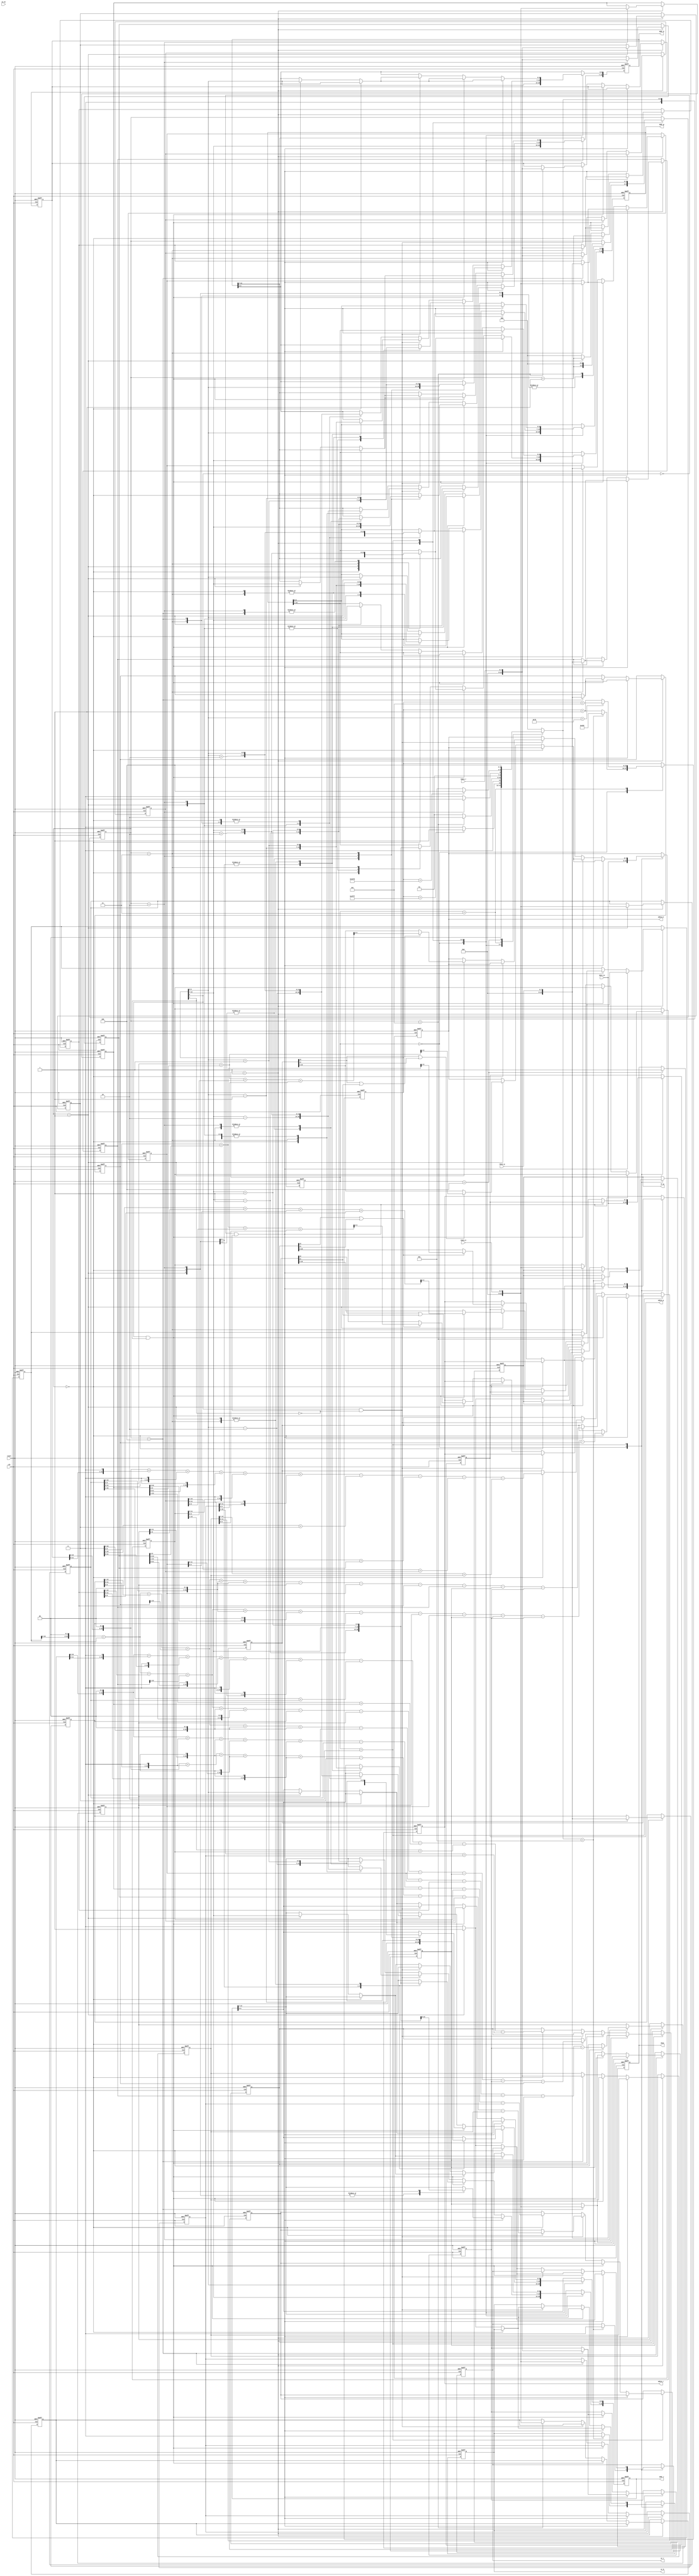
module demosaic(clk, reset, in_en, data_in, wr_r, addr_r, wdata_r, rdata_r, wr_g, addr_g, wdata_g, rdata_g, wr_b, addr_b, wdata_b, rdata_b, done);
input clk;
input reset;
input in_en;
input [7:0] data_in;
output reg wr_r;
output reg [13:0] addr_r;
output reg [7:0] wdata_r;
input [7:0] rdata_r;
output reg wr_g;
output reg [13:0] addr_g;
output reg [7:0] wdata_g;
input [7:0] rdata_g;
output reg wr_b;
output reg [13:0] addr_b;
output reg [7:0] wdata_b;
input [7:0] rdata_b;
output reg done;


integer i;
parameter readdata=4'd0, readcolor=4'd1, compute=4'd2, finish=4'd3, terminate=4'd4;
reg[12:0] rp [0:4];
reg[12:0] bp [0:4];
reg[12:0] gp [0:8];
reg[12:0] tempb, tempr, tempg;
reg[3:0] state, nextstate;
reg[13:0] center;
reg[2:0] counter;


always@(*)begin
    case(state)
        readdata: nextstate=(center==14'd16383)? readcolor:readdata;
        readcolor: nextstate=(counter==3'd5)? compute:readcolor;
        compute: nextstate=(counter==3'd2)? finish:compute;
        finish: nextstate=(center==14'b11111011111101)?terminate:readcolor;
        terminate: nextstate=terminate;
        default: nextstate=readdata;
    endcase
end

always@(posedge clk or posedge reset)begin
    if(reset)begin
        wr_r<=1'd1;
        wr_g<=1'd1;
        wr_b<=1'd1;
        addr_r<=14'd0;
        addr_g<=14'd0;
        addr_b<=14'd0;
        wdata_r<=8'd0;
        wdata_g<=8'd0;
        wdata_b<=8'd0;
        done<=1'd0;
          
        for(i=0;i<5;i=i+1) begin
            bp[i]<=13'd0;
            rp[i]<=13'd0;
        end 
        for(i=0;i<9;i=i+1) gp[i]<=13'd0;
        center<=14'd0;
        state<=4'd0;
        counter<=3'd0;
        tempb<=12'd0;
        tempr<=12'd0;
        tempg<=12'd0;
    end
    else begin
        state<=nextstate;
        case(state)
            readdata:begin
                if (nextstate == readcolor)begin
                    wr_b<=1'd0; wr_r<=1'd0; wr_g<=1'd0;
                    center<=14'b00000100000010;
                end
                else center <= center + 14'd1;
                addr_b<=center;
                addr_r<=center;
                addr_g<=center;
                wdata_b<=data_in;
                wdata_r<=data_in;
                wdata_g<=data_in;
            end
            readcolor:begin 
                counter<=counter+3'd1;
                if((~center[0])&(~center[7]))begin //case g1
                    case(counter)
                        3'd0:begin
                            addr_b[13:7]<=center[13:7]-7'd1; addr_b[6:0]<=center[6:0];
                            addr_r[13:7]<=center[13:7];      addr_r[6:0]<=center[6:0]-7'd1;
                            addr_g[13:7]<=center[13:7]-7'd2; addr_g[6:0]<=center[6:0];
                        end
                        3'd1:begin
                            addr_b[13:7]<=center[13:7]+7'd1; addr_b[6:0]<=center[6:0];
                            addr_r[13:7]<=center[13:7];      addr_r[6:0]<=center[6:0]+7'd1;
                            addr_g[13:7]<=center[13:7]-7'd1; addr_g[6:0]<=center[6:0]-7'd1;
                            bp[0]<=rdata_b;
                            rp[0]<=rdata_r;
                            gp[0]<=rdata_g;
                        end
                        3'd2:begin
                            addr_b[13:7]<=center[13:7]-7'd1; addr_b[6:0]<=center[6:0]+7'd1;
                            addr_r[13:7]<=center[13:7];      addr_r[6:0]<=center[6:0]-7'd2;
                            addr_g[13:7]<=center[13:7];      addr_g[6:0]<=center[6:0]+7'd2;
                            bp[1]<=rdata_b;
                            rp[1]<=rdata_r;
                            gp[1]<=rdata_g;
                        end
                        3'd3:begin
                            addr_b[13:7]<=center[13:7]+7'd1; addr_b[6:0]<=center[6:0]-7'd1;
                            addr_r[13:7]<=center[13:7]+7'd1; addr_r[6:0]<=center[6:0]+7'd1;
                            addr_g[13:7]<=center[13:7]+7'd2; addr_g[6:0]<=center[6:0];
                            gp[2]<=rdata_b;
                            gp[3]<=rdata_r;
                            gp[4]<=rdata_g;
                        end
                        3'd4:begin
                            addr_g<=center;
                            gp[5]<=rdata_b;
                            gp[6]<=rdata_r;
                            gp[7]<=rdata_g;
                        end
                        3'd5:begin
                            counter<=3'd0;
                            gp[8]<=rdata_g;
                        end
                        default: counter<=counter;
                    endcase
                end
                else if((center[0])&(center[7]))begin //case g2
                    case(counter)
                        3'd0:begin
                            addr_b[13:7]<=center[13:7];      addr_b[6:0]<=center[6:0]-7'd1;
                            addr_r[13:7]<=center[13:7]-7'd1; addr_r[6:0]<=center[6:0];
                            addr_g[13:7]<=center[13:7]-7'd2; addr_g[6:0]<=center[6:0];
                        end
                        3'd1:begin
                            addr_b[13:7]<=center[13:7];      addr_b[6:0]<=center[6:0]+7'd1;                           
                            addr_r[13:7]<=center[13:7]+7'd1; addr_r[6:0]<=center[6:0];
                            addr_g[13:7]<=center[13:7]-7'd1; addr_g[6:0]<=center[6:0]-7'd1;
                            bp[0]<=rdata_b;
                            rp[0]<=rdata_r;
                            gp[0]<=rdata_g;
                        end
                        3'd2:begin
                            addr_b[13:7]<=center[13:7]-7'd1; addr_b[6:0]<=center[6:0]+7'd1;
                            addr_r[13:7]<=center[13:7];      addr_r[6:0]<=center[6:0]-7'd2;
                            addr_g[13:7]<=center[13:7];      addr_g[6:0]<=center[6:0]+7'd2;
                            bp[1]<=rdata_b;
                            rp[1]<=rdata_r;
                            gp[1]<=rdata_g;
                        end
                        3'd3:begin
                            addr_b[13:7]<=center[13:7]+7'd1; addr_b[6:0]<=center[6:0]-7'd1;
                            addr_r[13:7]<=center[13:7]+7'd1; addr_r[6:0]<=center[6:0]+7'd1;
                            addr_g[13:7]<=center[13:7]+7'd2; addr_g[6:0]<=center[6:0];
                            gp[2]<=rdata_b;
                            gp[3]<=rdata_r;
                            gp[4]<=rdata_g;
                        end
                        3'd4:begin
                            addr_g<=center;
                            gp[5]<=rdata_b;
                            gp[6]<=rdata_r;
                            gp[7]<=rdata_g;
                        end
                        3'd5:begin
                            counter<=3'd0;
                            gp[8]<=rdata_g;
                        end
                        default: counter<=counter;
                    endcase
                end
                else if((center[0])&(~center[7])) begin //case r 
                    case(counter)
                        3'd0:begin
                            addr_b[13:7]<=center[13:7]-7'd1; addr_b[6:0]<=center[6:0]-7'd1;
                            addr_r[13:7]<=center[13:7]-7'd2; addr_r[6:0]<=center[6:0];
                            addr_g[13:7]<=center[13:7]-7'd1; addr_g[6:0]<=center[6:0];
                        end
                        3'd1:begin
                            addr_b[13:7]<=center[13:7]-7'd1; addr_b[6:0]<=center[6:0]+7'd1;                           
                            addr_r[13:7]<=center[13:7];      addr_r[6:0]<=center[6:0]-7'd2;
                            addr_g[13:7]<=center[13:7];      addr_g[6:0]<=center[6:0]-7'd1;
                            bp[0]<=rdata_b;
                            rp[0]<=rdata_r;
                            gp[0]<=rdata_g;
                        end
                        3'd2:begin
                            addr_b[13:7]<=center[13:7]+7'd1; addr_b[6:0]<=center[6:0]-7'd1;
                            addr_r[13:7]<=center[13:7];      addr_r[6:0]<=center[6:0]+7'd2;
                            addr_g[13:7]<=center[13:7];      addr_g[6:0]<=center[6:0]+7'd1;
                            bp[1]<=rdata_b;
                            rp[1]<=rdata_r;
                            gp[1]<=rdata_g;
                        end
                        3'd3:begin
                            addr_b[13:7]<=center[13:7]+7'd1; addr_b[6:0]<=center[6:0]+7'd1;
                            addr_r[13:7]<=center[13:7]+7'd2; addr_r[6:0]<=center[6:0];
                            addr_g[13:7]<=center[13:7]+7'd1; addr_g[6:0]<=center[6:0];
                            bp[2]<=rdata_b;
                            rp[2]<=rdata_r;
                            gp[2]<=rdata_g;
                        end
                        3'd4:begin
                            addr_r<=center;
                            bp[3]<=rdata_b;
                            rp[3]<=rdata_r;
                            gp[3]<=rdata_g;
                        end
                        3'd5:begin
                            counter<=3'd0;
                            rp[4]<=rdata_r;
                        end
                        default: counter<=counter;
                    endcase
                end
                else begin //case b
                    case(counter)
                        3'd0:begin
                            addr_r[13:7]<=center[13:7]-7'd1; addr_r[6:0]<=center[6:0]-7'd1;
                            addr_b[13:7]<=center[13:7]-7'd2; addr_b[6:0]<=center[6:0];
                            addr_g[13:7]<=center[13:7]-7'd1; addr_g[6:0]<=center[6:0];
                        end
                        3'd1:begin
                            addr_r[13:7]<=center[13:7]-7'd1; addr_r[6:0]<=center[6:0]+7'd1;                           
                            addr_b[13:7]<=center[13:7];      addr_b[6:0]<=center[6:0]-7'd2;
                            addr_g[13:7]<=center[13:7];      addr_g[6:0]<=center[6:0]-7'd1;
                            bp[0]<=rdata_b;
                            rp[0]<=rdata_r;
                            gp[0]<=rdata_g;
                        end
                        3'd2:begin
                            addr_r[13:7]<=center[13:7]+7'd1; addr_r[6:0]<=center[6:0]-7'd1;
                            addr_b[13:7]<=center[13:7];      addr_b[6:0]<=center[6:0]+7'd2;
                            addr_g[13:7]<=center[13:7];      addr_g[6:0]<=center[6:0]+7'd1;
                            bp[1]<=rdata_b;
                            rp[1]<=rdata_r;
                            gp[1]<=rdata_g;
                        end
                        3'd3:begin
                            addr_r[13:7]<=center[13:7]+7'd1; addr_r[6:0]<=center[6:0]+7'd1;
                            addr_b[13:7]<=center[13:7]+7'd2; addr_b[6:0]<=center[6:0];
                            addr_g[13:7]<=center[13:7]+7'd1; addr_g[6:0]<=center[6:0];
                            bp[2]<=rdata_b;
                            rp[2]<=rdata_r;
                            gp[2]<=rdata_g;
                        end
                        3'd4:begin
                            addr_b<=center;
                            bp[3]<=rdata_b;
                            rp[3]<=rdata_r;
                            gp[3]<=rdata_g;
                        end
                        3'd5:begin
                            counter<=3'd0;
                            bp[4]<=rdata_b;
                        end
                        default: counter<=counter;
                    endcase
                end
            end
            compute:begin
                counter<=counter+3'd1;
                if((~center[0])&(~center[7]))begin //case g1
                    if(counter==3'd0)begin
                        tempr<=((gp[8]<<2)+gp[8])+(gp[0]>>1)+(gp[7]>>1)+
                            (rp[0]<<2)+(rp[0]<<2)-
                            gp[1]-gp[2]-gp[3]-gp[4]-gp[5]-gp[6];
                        
                        tempb<=((gp[8]<<2)+gp[8])+(gp[3]>>1)+(gp[4]>>1)+
                            (bp[0]<<2)+(bp[1]<<2)-
                            gp[0]-gp[1]-gp[2]-gp[5]-gp[6]-gp[7];
                    end 
                    else if(counter==3'd1) begin
                        wr_b<=1'd1; wr_r<=1'd1; addr_b<=center; addr_r<=center;
                        if((tempr[12]==1'd1) || (tempr[11]==1'd1)) wdata_r<=((rp[0]+rp[1])>>1); //switch to baseline method
                        else wdata_r<=(tempr>>3);
                        if((tempb[12]==1'd1) || (tempb[11]==1'd1)) wdata_b<=((bp[0]+bp[1])>>1);
                        else wdata_b<=(tempb>>3);    
                        // if(tempr[13]==1'd1) wdata_r<=((rp[0]+rp[1])>>1); //switch to baseline method
                        // else wdata_r<=((rp[0]+rp[1])>>1);
                        // if(tempb[13]==1'd1) wdata_b<=((bp[0]+bp[1])>>1);
                        // else wdata_b<=((bp[0]+bp[1])>>1);    
                    end
                    else begin
                        counter<=3'd0;
                        wr_b<=1'd0; wr_r<=1'd0;
                    end
                end
                else if((center[0])&(center[7]))begin//case g2
                    if(counter==3'd0)begin                      
                        tempr<=((gp[8]<<2)+gp[8])+(gp[3]>>1)+(gp[4]>>1)+
                            (rp[0]<<2)+(rp[1]<<2)-
                            gp[0]-gp[1]-gp[2]-gp[5]-gp[6]-gp[7];

                        tempb<=((gp[8]<<2)+gp[8])+(gp[0]>>1)+(gp[7]>>1)+
                            (bp[0]<<2)+(bp[0]<<2)-
                            gp[1]-gp[2]-gp[3]-gp[4]-gp[5]-gp[6];
                    end 
                    else if(counter==3'd1) begin
                        wr_b<=1'd1; wr_r<=1'd1; addr_b<=center; addr_r<=center;
                        if((tempr[12]==1'd1) || (tempr[11]==1'd1)) wdata_r<=((rp[0]+rp[1])>>1); 
                        else wdata_r<=(tempr>>3);
                        if((tempb[12]==1'd1) || (tempb[11]==1'd1)) wdata_b<=((bp[0]+bp[1])>>1); 
                        else wdata_b<=(tempb>>3);
                        // if(tempr[13]==1'd1) wdata_r<=((rp[0]+rp[1])>>1); 
                        // else wdata_r<=((rp[0]+rp[1])>>1);
                        // if(tempb[13]==1'd1) wdata_b<=((bp[0]+bp[1])>>1); 
                        // else wdata_b<=((bp[0]+bp[1])>>1);        
                    end
                    else begin
                        counter<=3'd0;
                        wr_b<=1'd0; wr_r<=1'd0;
                    end
                end
                else if((center[0])&(~center[7]))begin //case r
                    if(counter==3'd0)begin
                        tempg<=(rp[4]<<2)+(gp[0]<<1)+(gp[1]<<1)+(gp[2]<<1)+(gp[3]<<1)-
                            rp[0]-rp[1]-rp[2]-rp[3];
                        tempb<=((rp[4]<<2)+(rp[4]<<1))+(bp[0]<<1)+(bp[1]<<1)+(bp[2]<<1)+(bp[3]<<1)-
                            ((rp[0]>>1)+rp[0])-((rp[1]>>1)+rp[1])-((rp[2]>>1)+rp[2])-((rp[3]>>1)+rp[3]);
                    end
                    else if(counter==3'd1)begin
                        wr_g<=1'd1; wr_b<=1'd1;  addr_g<=center; addr_b<=center;
                        if((tempg[12]==1'd1) || (tempg[11]==1'd1)) wdata_g<=((gp[0]+gp[1]+gp[2]+gp[3])>>2); 
                        else wdata_g<=(tempg>>3);
                        if((tempb[12]==1'd1) || (tempg[11]==1'd1)) wdata_b<=((bp[0]+bp[1]+bp[2]+bp[3])>>2); 
                        else wdata_b<=(tempb>>3); 
                        // if(tempg[13]==1'd1) wdata_g<=((gp[0]+gp[1]+gp[2]+gp[3])>>2); 
                        // else wdata_g<=((gp[0]+gp[1]+gp[2]+gp[3])>>2);
                        // if(tempb[13]==1'd1) wdata_b<=((bp[0]+bp[1]+bp[2]+bp[3])>>2); 
                        // else wdata_b<=((bp[0]+bp[1]+bp[2]+bp[3])>>2);       
                    end
                    else begin
                        counter<=3'd0;
                        wr_g<=1'd0; wr_b<=1'd0;
                    end
                end
                else begin //case b
                    if(counter==3'd0)begin
                        tempg<=(bp[4]<<2)+(gp[0]<<1)+(gp[1]<<1)+(gp[2]<<1)+(gp[3]<<1)-
                            bp[0]-bp[1]-bp[2]-bp[3];
                        tempr<=((bp[4]<<2)+(bp[4]<<1))+(rp[0]<<1)+(rp[1]<<1)+(rp[2]<<1)+(rp[3]<<1)-
                            ((bp[0]>>1)+bp[0])-((bp[1]>>1)+bp[1])-((bp[2]>>1)+bp[2])-((bp[3]>>1)+bp[3]);
                    end
                    else if(counter==3'd1)begin
                        wr_g<=1'd1; wr_r<=1'd1; addr_g<=center; addr_r<=center;
                        if((tempg[12]==1'd1) || (tempg[11]==1'd1)) wdata_g<=((gp[0]+gp[1]+gp[2]+gp[3])>>2); 
                        else wdata_g<=(tempg>>3);
                        if((tempr[12]==1'd1) || (tempr[11]==1'd1)) wdata_r<=((rp[0]+rp[1]+rp[2]+rp[3])>>2); 
                        else wdata_r<=(tempr>>3);    
                        // if(tempg[13]==1'd1) wdata_g<=((gp[0]+gp[1]+gp[2]+gp[3])>>2); 
                        // else wdata_g<=((gp[0]+gp[1]+gp[2]+gp[3])>>2);
                        // if(tempr[13]==1'd1) wdata_r<=((rp[0]+rp[1]+rp[2]+rp[3])>>2); 
                        // else wdata_r<=((rp[0]+rp[1]+rp[2]+rp[3])>>2);    
                    end
                    else begin
                        counter<=3'd0;
                        wr_g<=1'd0; wr_r<=1'd0;
                    end
                end
            end
            finish:begin
                if(center[6:0]==7'd125) center<=center+7'd5;
                else center<=center+7'd1;
            end
            terminate: done<=1'd1;
        endcase
    end
end
endmodule